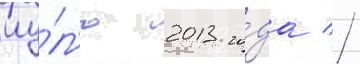
иу́л'ю 2013 го́да //